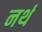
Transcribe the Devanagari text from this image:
नर्थ